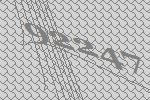
92247